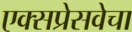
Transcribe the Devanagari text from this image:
एक्सप्रेसवेचा